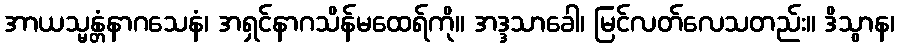
အာယသ္မန္တံနာဂသေနံ၊ အရှင်နာဂသိန်မထေရ်ကို။ အဒ္ဒသာခေါ၊ မြင်လတ်လေသတည်း။ ဒိသွာန၊